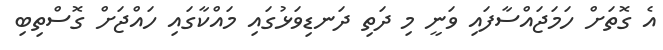
އެ ގޮތަށް ހަމަޖައްސާފައި ވަނީ މި ދަތި ދަނޑިވަޅުގައި މައްކާގައި ހައްޖަށް ގޮސްތިބި